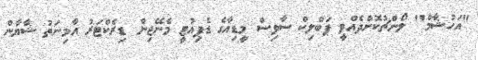
"އަހުޝާމް" ލޯންޗުކޮށްދެއްވީ ޕަބްލިކް ސާވިސް މީޑިއާގެ ޑެޕިއުޓީ މެނޭޖިން ޑިރެކްޓަރު އާމިނަތު ޝާޔާން